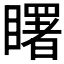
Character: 𥌓